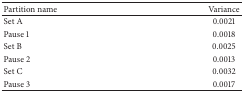
| Partition name | Variance |
 | --- | --- |
 | Set A | 0.0021 |
 | Pause 1 | 0.0018 |
 | Set B | 0.0025 |
 | Pause 2 | 0.0013 |
 | Set C | 0.0032 |
 | Pause 3 | 0.0017 |